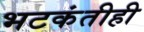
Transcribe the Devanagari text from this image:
भटकंतीही